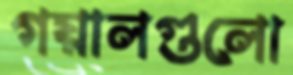
গয়ালগুলো